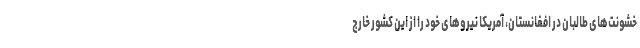
خشونت‌های طالبان در افغانستان، آمریکا نیروهای خود را از این کشور خارج